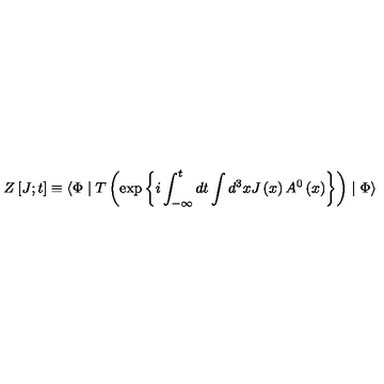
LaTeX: Z \left[ J ; t \right] \equiv \langle \Phi \mid T \left( \exp \left\{ i \int _ { - \infty } ^ { t } d t \int d ^ { 3 } x J \left( x \right) A ^ { 0 } \left( x \right) \right\} \right) \mid \Phi \rangle